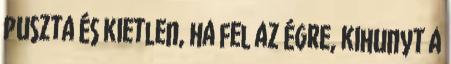
puszta és kietlen, ha fel az égre, kihunyt a